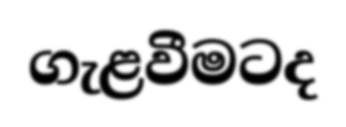
ගැළවීමටද